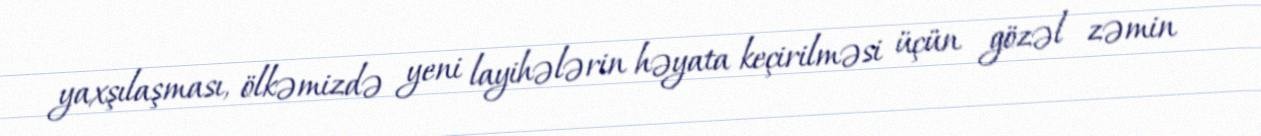
yaxşılaşması, ölkəmizdə yeni layihələrin həyata keçirilməsi üçün gözəl zəmin